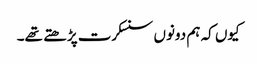
کیوں کہ ہم دونوں سنسکرت پڑھتے تھے۔